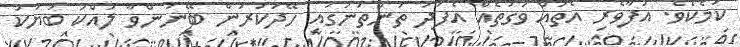
ކަމެކެވެ. އުފާވެރި އެތައް ވަގުތެއް އެފަދަ ތަންތަނުގައި ހޭދަކުރަން ބޭނުންވާ ލައްކަ ބަޔަކު